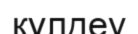
күлдеу